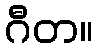
ဂီတ။